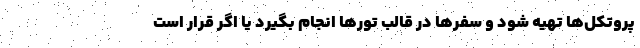
پروتکل‌ها تهیه شود و سفرها در قالب تورها انجام بگیرد یا اگر قرار است